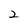
Character: 2